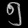
Digit: ၅